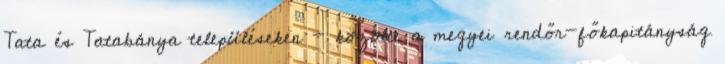
Tata és Tatabánya településeken - közölte a megyei rendőr-főkapitányság